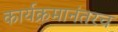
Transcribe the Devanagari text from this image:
कार्यक्रमानंतरच